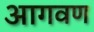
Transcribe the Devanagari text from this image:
आगवण